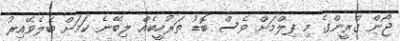
ޖޯން ގްރީންގެ މި ފިލްމަށް ވެސް ބޮޑު ތަރުހީބެއް ލިބޭނެ ކަމަށް ބެލެވޭއިރު